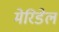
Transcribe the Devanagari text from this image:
मेरिडेल